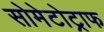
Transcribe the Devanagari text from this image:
सोमेटोट्राफ